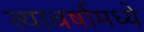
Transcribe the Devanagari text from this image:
त्यावर्षामध्ये